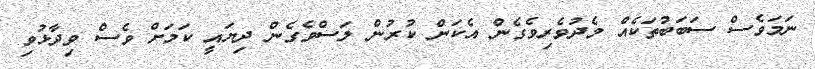
ނަމަވެސް ސަބަބުތަކެއް މެދުވެރިވެގެން އެކަން ކުރުން ލަސްވެގެން ދިޔައީ ކަމަށް ވެސް ވިދާޅުވި